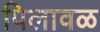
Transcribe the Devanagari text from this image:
पिलावळ